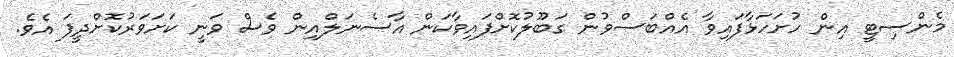
މެންސިޓީ އިން ހުށަހަޅާފައިވާ އެއްބަސްވުން ގަބޫލުކޮށްފައިވާކަން އާސެނަލްއިން ވެސް ވަނީ ކަށަވަރުކޮށްދީފަ އެވެ.